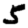
Digit: 5